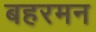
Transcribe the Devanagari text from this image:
बहरमन